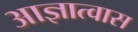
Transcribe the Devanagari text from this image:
आज्ञात्वास